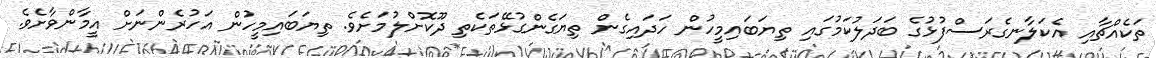
ތަކެއްޗާއި އެކަލާނގެރަސްފުޅުގެ ބަދަލުކަމުގައި ތިޔަބައިމީހުން ހަދައިގެން ތިޔަގެންގުޅޭތަކެތި ދޫކޮށްލުމަށެވެ. ތިޔަބައިމީހުން އަހުރެންނަށް އީމާންވާށެވެ.